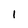
Character: 1